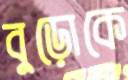
বুড়োকে